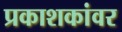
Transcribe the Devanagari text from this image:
प्रकाशकांवर